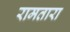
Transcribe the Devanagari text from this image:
रामतारा